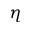
\eta